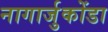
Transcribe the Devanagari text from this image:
नागार्जुकोंडा